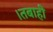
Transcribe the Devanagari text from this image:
।तबाही